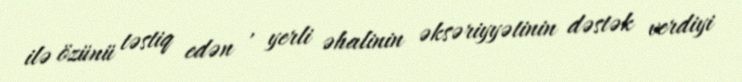
ilə özünü təstiq edən , yerli əhalinin əksəriyyətinin dəstək verdiyi